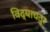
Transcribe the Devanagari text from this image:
विद्याचतुर